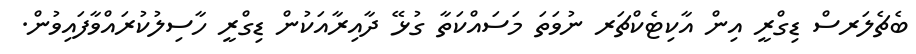
ބެޗެލަރސް ޑިގްރީ އިން އާކިޓެކްޗަރ ނުވަތަ މަސައްކަތާ ގުޅޭ ދާއިރާއަކުން ޑިގްރީ ހާސިލުކުރައްވާފައިވުން.